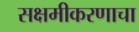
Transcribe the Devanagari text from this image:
सक्षमीकरणाचा